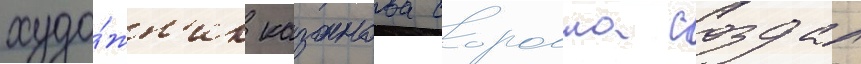
худо́жн'ик казанова соролла создал